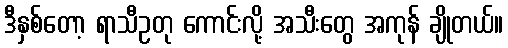
ဒီနှစ်တော့ ရာသီဥတု ကောင်းလို့ အသီးတွေ အကုန် ချိုတယ်။